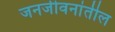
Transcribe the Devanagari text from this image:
जनजीवनांतील